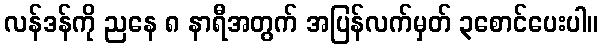
လန်ဒန်ကို ညနေ ၈ နာရီအတွက် အပြန်လက်မှတ် ၃စောင်ပေးပါ။